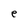
Character: e